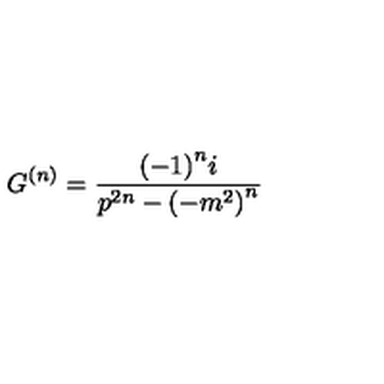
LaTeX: G ^ { \left( n \right) } = \frac { { \left( - 1 \right) } ^ { n } i } { p ^ { 2 n } - { \left( - m ^ { 2 } \right) } ^ { n } }